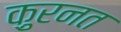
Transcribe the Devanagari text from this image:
क़ुरनत